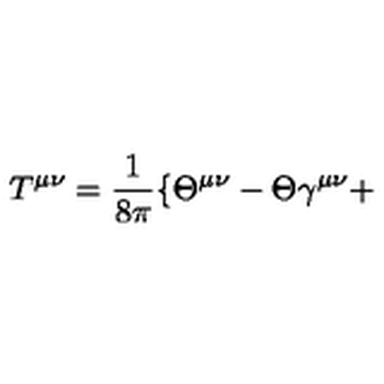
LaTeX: T ^ { \mu \nu } = \frac { 1 } { 8 \pi } \{ \Theta ^ { \mu \nu } - \Theta \gamma ^ { \mu \nu } +